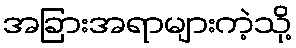
အခြားအရာများကဲ့သို့